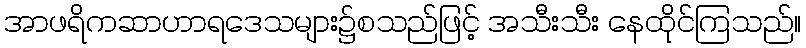
အာဖရိကဆာဟာရဒေသများ၌စသည်ဖြင့် အသီးသီး နေထိုင်ကြသည်။